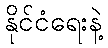
နိုင်ငံရေးနဲ့